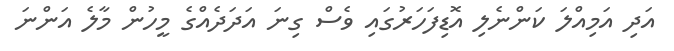
އަދި އަމިއްލަ ކަންނެލި އޮޑިފަހަރުގައި ވެސް ގިނަ އަދަދެއްގެ މީހުން މާލެ އަންނަ